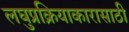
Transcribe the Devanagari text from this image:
लघुप्रक्रियाकारासाठी